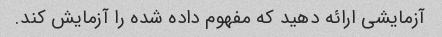
آزمایشی ارائه دهید که مفهوم داده شده را آزمایش کند.